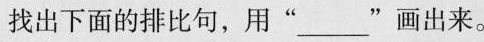
找出下面的排比句，用”____”画出来。